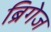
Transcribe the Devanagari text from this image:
ब्रिगेज